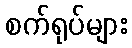
စက်ရုပ်များ